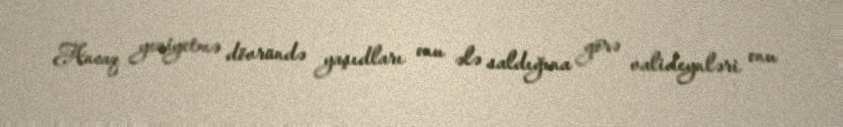
Ancaq yeniyetmə dövründə yaşıdları onu ələ saldığına görə valideynləri onu